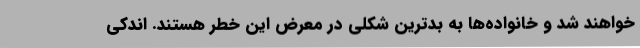
خواهند شد و خانواده‌ها به بدترین شکلی در معرض این خطر هستند. اندکی